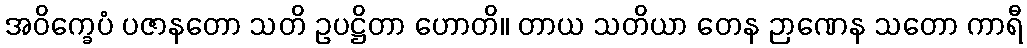
အဝိက္ခေပံ ပဇာနတော သတိ ဥပဋ္ဌိတာ ဟောတိ။ တာယ သတိယာ တေန ဉာဏေန သတော ကာရီ